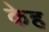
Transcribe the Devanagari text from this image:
केह